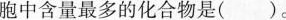
胞中含量最多的化合物是()。